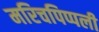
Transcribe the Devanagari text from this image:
मरिचपिप्पली